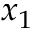
x _ { 1 }